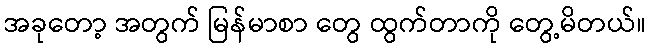
အခုတော့ အတွက် မြန်မာစာ တွေ ထွက်တာကို တွေ့မိတယ်။